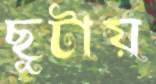
ছুটায়